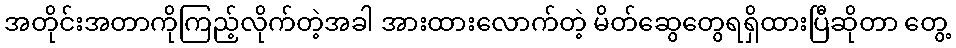
အတိုင်းအတာကိုကြည့်လိုက်တဲ့အခါ အားထားလောက်တဲ့ မိတ်ဆွေတွေရရှိထားပြီဆိုတာ တွေ့